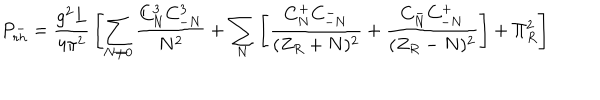
P _ { r h } ^ { - } = { \frac { g ^ { 2 } L } { 4 \pi ^ { 2 } } } \left[ \sum _ { N \neq 0 } { \frac { C _ { N } ^ { 3 } C _ { - N } ^ { 3 } } { N ^ { 2 } } } + \sum _ { N } \left[ { \frac { C _ { N } ^ { + } C _ { - N } ^ { - } } { ( Z _ { R } + N ) ^ { 2 } } } + { \frac { C _ { N } ^ { - } C _ { - N } ^ { + } } { ( Z _ { R } - N ) ^ { 2 } } } \right] + \Pi _ { R } ^ { 2 } \right]